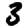
Digit: 3